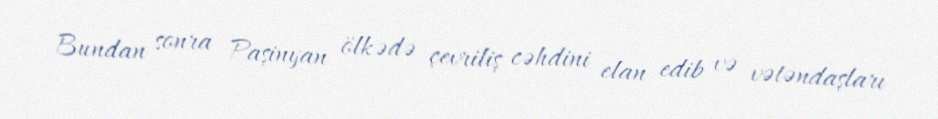
Bundan sonra Paşinyan ölkədə çevriliş cəhdini elan edib və vətəndaşları